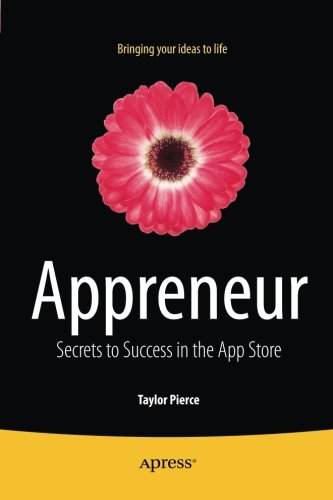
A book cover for Appreneur: Secrets to Success in the App Store; Taylor Pierce; Computers & Technology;